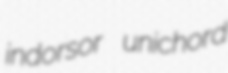
indorsor unichord